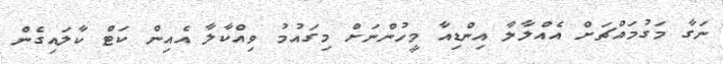
ނަގާ މަގުމައްޗަށް އެއްލާލާ އިންޑިއާ މީހުންނަށް މިގައުމު ވިއްކާލާ އެއިން ކަޓް ކާލައިގެން